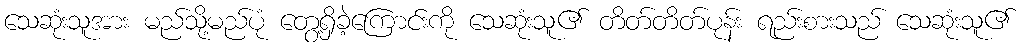
သေဆုံးသူအား မည်သို့မည်ပုံ တွေ့ရှိခဲ့ကြောင်းကို သေဆုံးသူ၏ တိတ်တိတ်ပုန်း ရည်းစားသည် သေဆုံးသူ၏